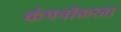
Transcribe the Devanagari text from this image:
कंपनीकरता